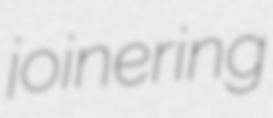
joinering